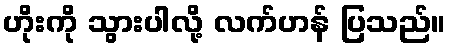
ဟိုးကို သွားပါလို့ လက်ဟန် ပြသည်။